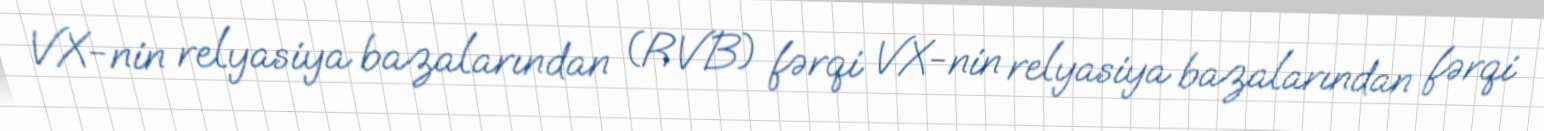
VX-nin relyasiya bazalarından (RVB) fərqi VX-nin relyasiya bazalarından fərqi